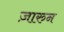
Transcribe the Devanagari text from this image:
ज़ारुन